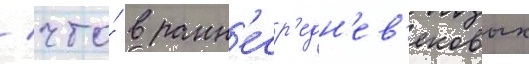
/ что́ в ранн'еср'едн'ев'ековых